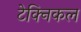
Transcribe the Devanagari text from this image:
टेक्‍िनकल